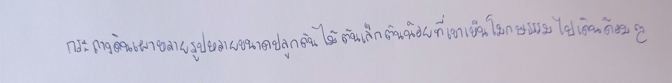
กระถางดินเผาหลายรูปหลายขนาดปลูกต้นไม้ต้นเล็กต้นน้อยที่เขาเห็นโมกษธรรมไปเดินด้อมๆ